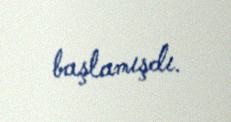
başlamışdı.